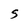
Character: S